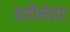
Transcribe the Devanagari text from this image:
हरीनंतर